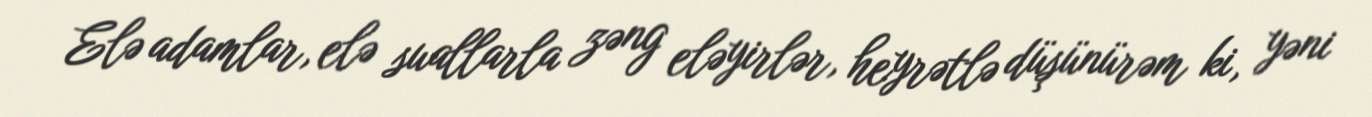
Elə adamlar, elə suallarla zəng eləyirlər, heyrətlə düşünürəm ki, yəni